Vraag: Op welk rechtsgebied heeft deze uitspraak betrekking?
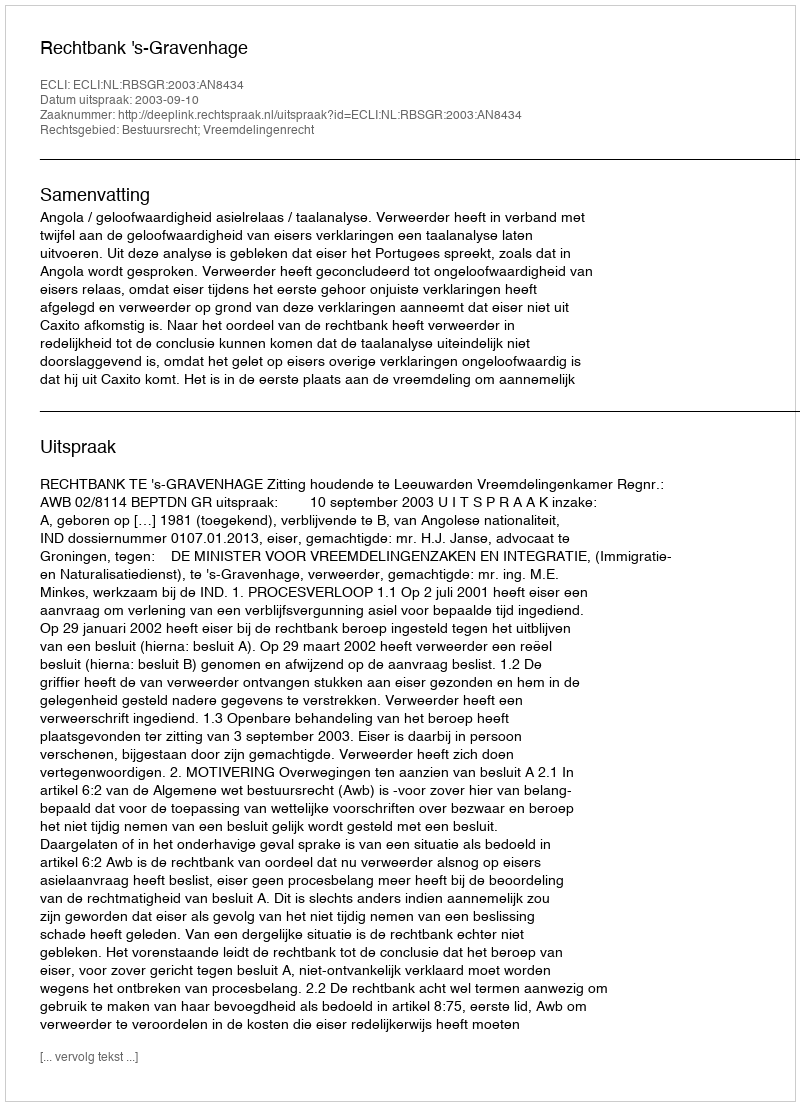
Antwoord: Bestuursrecht; Vreemdelingenrecht